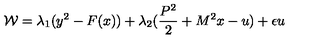
{ \cal W } = \lambda _ { 1 } ( y ^ { 2 } - F ( x ) ) + \lambda _ { 2 } ( \frac { P ^ { 2 } } { 2 } + M ^ { 2 } x - u ) + \epsilon u